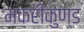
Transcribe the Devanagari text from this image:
मकरीकुण्‍ड